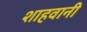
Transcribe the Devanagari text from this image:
शाहवानी